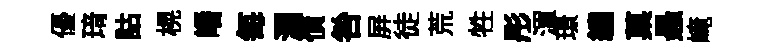
優𤦺詁榥皤每瀾債咎屛徒荒牲彤渾璟繡菓悬崦